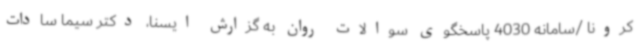
کرونا /سامانه 4030 پاسخگوی سوالات روان به گزارش ایسنا، دکتر سیما سادات